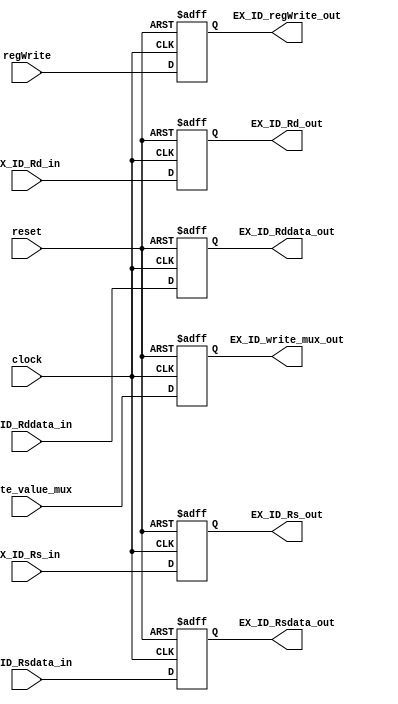
module ID_EX(input clock,reset,input [7:0] EX_ID_Rsdata_in,EX_ID_Rddata_in,
  input [2:0] EX_ID_Rs_in,
  input [2:0] EX_ID_Rd_in,
  input write_value_mux,regWrite,
  output reg [7:0] EX_ID_Rsdata_out,EX_ID_Rddata_out,
  output reg [2:0] EX_ID_Rs_out,EX_ID_Rd_out,
  output reg EX_ID_write_mux_out,EX_ID_regWrite_out
  );

  
  always@(negedge reset, posedge clock)
  begin
    if(reset == 0)
      begin
        {EX_ID_Rsdata_out,EX_ID_Rddata_out,EX_ID_Rs_out,EX_ID_Rd_out} <= 22'b0;
        {EX_ID_write_mux_out,EX_ID_regWrite_out} <=2'b0;
      end
    else
      begin
        {EX_ID_Rsdata_out,EX_ID_Rddata_out,EX_ID_Rs_out,EX_ID_Rd_out} <={EX_ID_Rsdata_in,EX_ID_Rddata_in,EX_ID_Rs_in,EX_ID_Rd_in};
        {EX_ID_write_mux_out,EX_ID_regWrite_out} <= {write_value_mux,regWrite};
      end
    
  end
endmodule